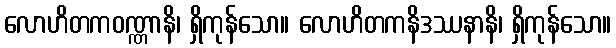
လောဟိတကဝဏ္ဏာနိ၊ ရှိကုန်သော။ လောဟိတကနိဒဿနာနိ၊ ရှိကုန်သော။